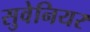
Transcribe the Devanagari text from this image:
सुवेनियर